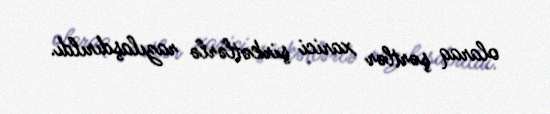
olaraq şərtlər xarici şirkətlərlə razılaşdırıldı.